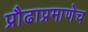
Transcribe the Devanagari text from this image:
प्रौढाप्रमाणेच